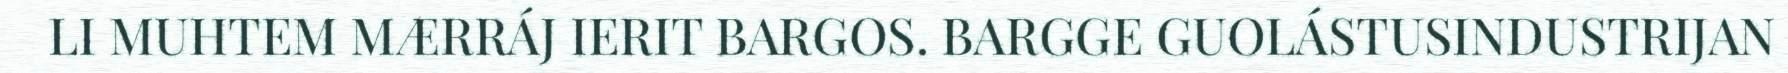
LI MUHTEM MÆRRÁJ IERIT BARGOS. BARGGE GUOLÁSTUSINDUSTRIJAN